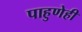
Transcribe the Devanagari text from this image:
पाहुणेही